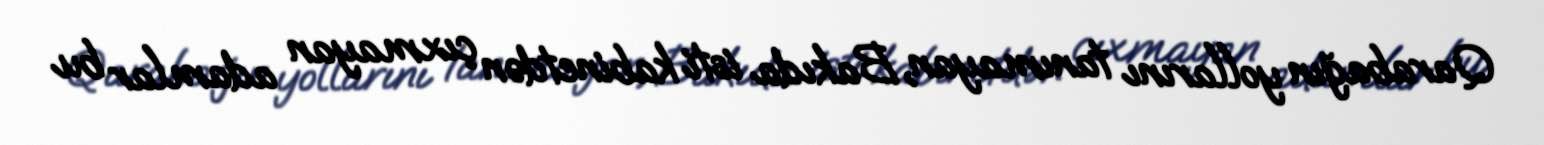
Qarabağın yollarını tanımayan, Bakıda isti kabinetdən çıxmayan adamlar bu